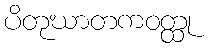
ပိတုဃာတကဝတ္ထု